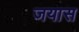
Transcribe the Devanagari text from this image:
जयास